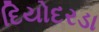
દિયોદરડા